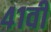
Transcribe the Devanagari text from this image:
४१वीं